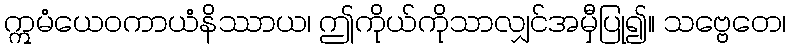
ဣမံယေဝကာယံနိဿာယ၊ ဤကိုယ်ကိုသာလျှင်အမှီပြု၍။ သဗ္ဗေတေ၊